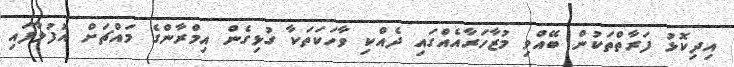
އިދިކޮޅު ފަރާތްތަކުން ބޭއްވި މުޒާހަރާއެއްގައި ދެއްކި ވާހަކަތަކާ ގުޅިގެން އިމްރާންގެ މައްޗަށް އުފުލާފައި